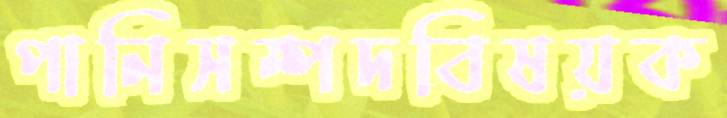
পানিসম্পদবিষয়ক